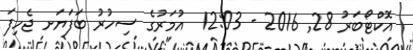
އޮކްޓޯބަރު 28